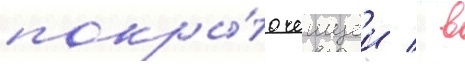
покры́то чешуеи / в